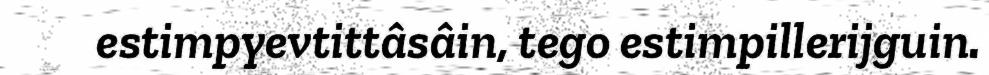
estimpyevtittâsâin, tego estimpillerijguin.